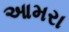
આમરા